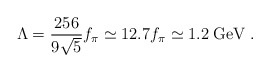
\begin{align*} \Lambda = \frac{256}{9 \sqrt{5}} f_\pi \simeq 12.7 f_\pi \simeq 1.2 \; \mathrm{GeV} \; .\end{align*}